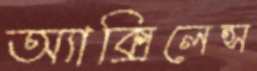
অ্যাক্সিলেন্স